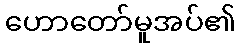
ဟောတော်မူအပ်၏